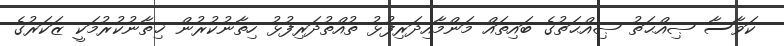
ކަވާސާ ޞިއްޙަތު ޞިއްޙަތުގެ ބައިތައް މަންމާއިދަރިފުޅު ތުއްތުދަރިފުޅު ހިތާނުކުރުން ޚިތާނުކުރުމަކީ ޒަކަރުގެ